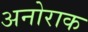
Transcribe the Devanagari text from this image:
अनोराक